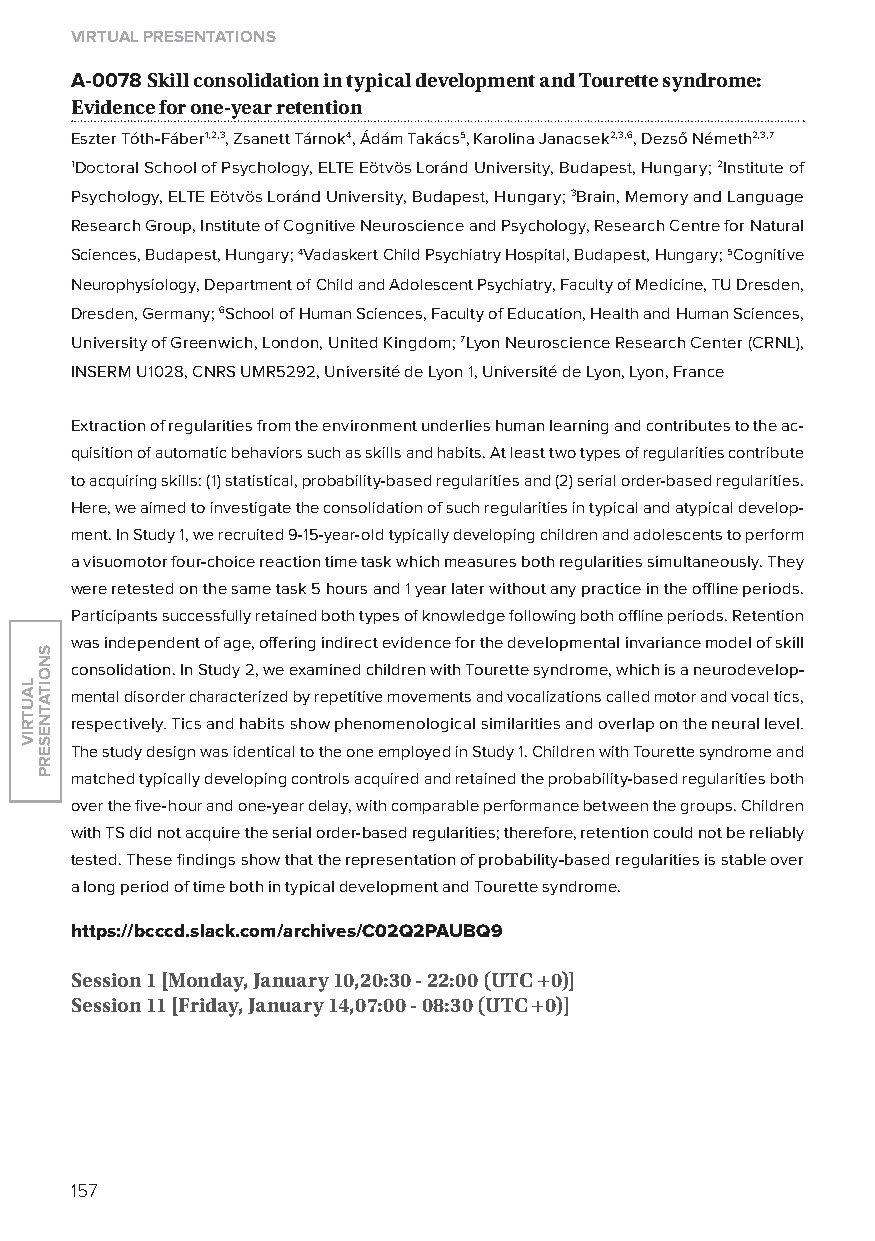
virtual presentations
 A-0078 skill consolidation in typical development and tourette syndrome:
 evidence for one-year retention
 Eszter Tóth-Fáber1,2,3, Zsanett Tárnok4, Ádám Takács5, Karolina Janacsek2,3,6, Dezső Németh2,3,7
 1Doctoral School of Psychology, ElTE Eötvös loránd University, Budapest, Hungary; 2Institute of
 Psychology, ElTE Eötvös loránd University, Budapest, Hungary; 3Brain, Memory and language
 Research Group, Institute of Cognitive Neuroscience and Psychology, Research Centre for Natural
 Sciences, Budapest, Hungary; 4Vadaskert Child Psychiatry Hospital, Budapest, Hungary; 5Cognitive
 Neurophysiology, Department of Child and Adolescent Psychiatry, Faculty of Medicine, TU Dresden,
 Dresden, Germany; 6School of Human Sciences, Faculty of Education, Health and Human Sciences,
 University of Greenwich, london, United Kingdom; 7lyon Neuroscience Research Center (CRNl),
 INSERM U1028, CNRS UMR5292, Université de lyon 1, Université de lyon, lyon, France
 Extraction of regularities from the environment underlies human learning and contributes to the ac-
 quisition of automatic behaviors such as skills and habits. At least two types of regularities contribute
 to acquiring skills: (1) statistical, probability-based regularities and (2) serial order-based regularities.
 Here, we aimed to investigate the consolidation of such regularities in typical and atypical develop-
 ment. In Study 1, we recruited 9-15-year-old typically developing children and adolescents to perform
 a visuomotor four-choice reaction time task which measures both regularities simultaneously. They
 were retested on the same task 5 hours and 1 year later without any practice in the offline periods.
 Participants successfully retained both types of knowledge following both offline periods. Retention
 was independent of age, offering indirect evidence for the developmental invariance model of skill
 consolidation. In Study 2, we examined children with Tourette syndrome, which is a neurodevelop-
 mental disorder characterized by repetitive movements and vocalizations called motor and vocal tics,
 respectively. Tics and habits show phenomenological similarities and overlap on the neural level.
 The study design was identical to the one employed in Study 1. Children with Tourette syndrome and
 matched typically developing controls acquired and retained the probability-based regularities both
 over the five-hour and one-year delay, with comparable performance between the groups. Children
 with TS did not acquire the serial order-based regularities; therefore, retention could not be reliably
 tested. These findings show that the representation of probability-based regularities is stable over
 a long period of time both in typical development and Tourette syndrome.
 https://bcccd.slack.com/archives/C02Q2pauBQ9
 session 1 [monday, January 10,20:30 - 22:00 (utC +0)]
 session 11 [friday, January 14,07:00 - 08:30 (utC +0)]
 157
 lautriv
 snoitatneserp